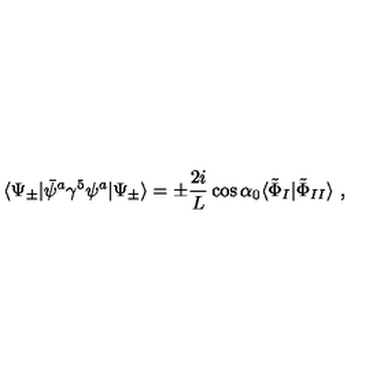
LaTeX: \langle \Psi _ { \pm } | \bar { \psi } ^ { a } \gamma ^ { 5 } \psi ^ { a } | \Psi _ { \pm } \rangle = \pm \frac { 2 i } { L } \cos \alpha _ { 0 } \langle \tilde { \Phi } _ { I } | \tilde { \Phi } _ { I I } \rangle \ ,